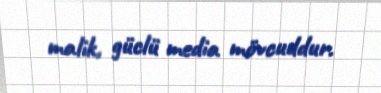
malik, güclü media mövcuddur.